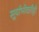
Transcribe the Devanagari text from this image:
सूर्याभोवतीही